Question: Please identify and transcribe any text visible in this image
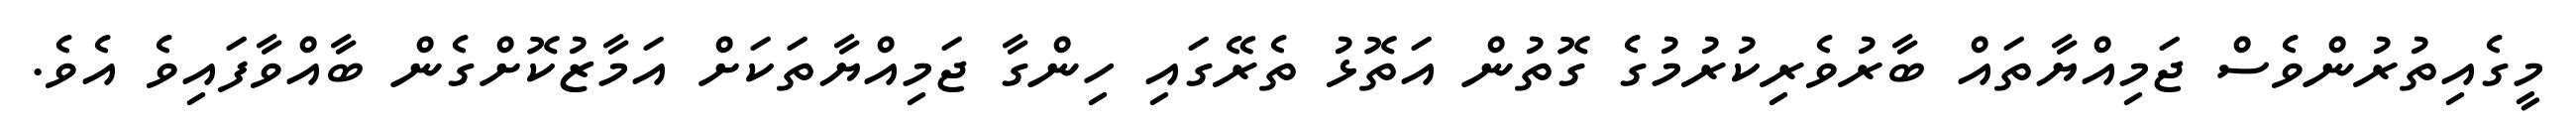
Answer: މީގެއިތުރުންވެސް ޖަމިއްޔާތައް ބާރުވެރިކުރުމުގެ ގޮތުން އަތޮޅު ތެރޭގައި ހިންގާ ޖަމިއްޔާތަކަށް އަމާޒުކޮށްގެން ބާއްވާފައިވެ އެވެ.